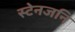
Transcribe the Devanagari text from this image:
स्टेनजनि